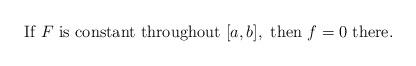
LaTeX: \begin{align*}\mbox{If } F \mbox{ is constant throughout }[a,b], \mbox{ then } f=0 \mbox{ there.}\end{align*}